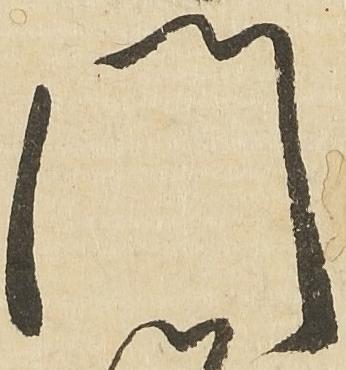
門